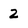
Character: 2